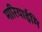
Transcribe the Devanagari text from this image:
मारियाईमि